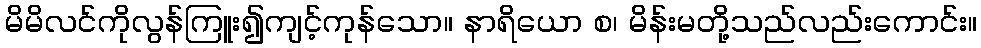
မိမိလင်ကိုလွန်ကြူး၍ကျင့်ကုန်သော။ နာရိယော စ၊ မိန်းမတို့သည်လည်းကောင်း။